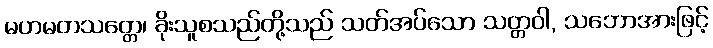
မဟမတသတ္တေ၊ ခိုးသူစသည်တို့သည် သတ်အပ်သော သတ္တဝါ, သဘောအားဖြင့်